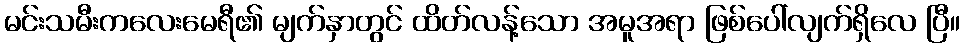
မင်းသမီးကလေးမေရီ၏ မျက်နှာတွင် ထိတ်လန့်သော အမူအရာ ဖြစ်ပေါ်လျက်ရှိလေ ပြီ။